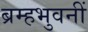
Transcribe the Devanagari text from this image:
ब्रम्हभुवनीं